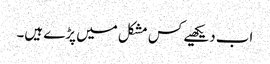
اب دیکھیے کس مشکل میں پڑے ہیں۔